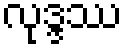
လုဒ္ဒဿ